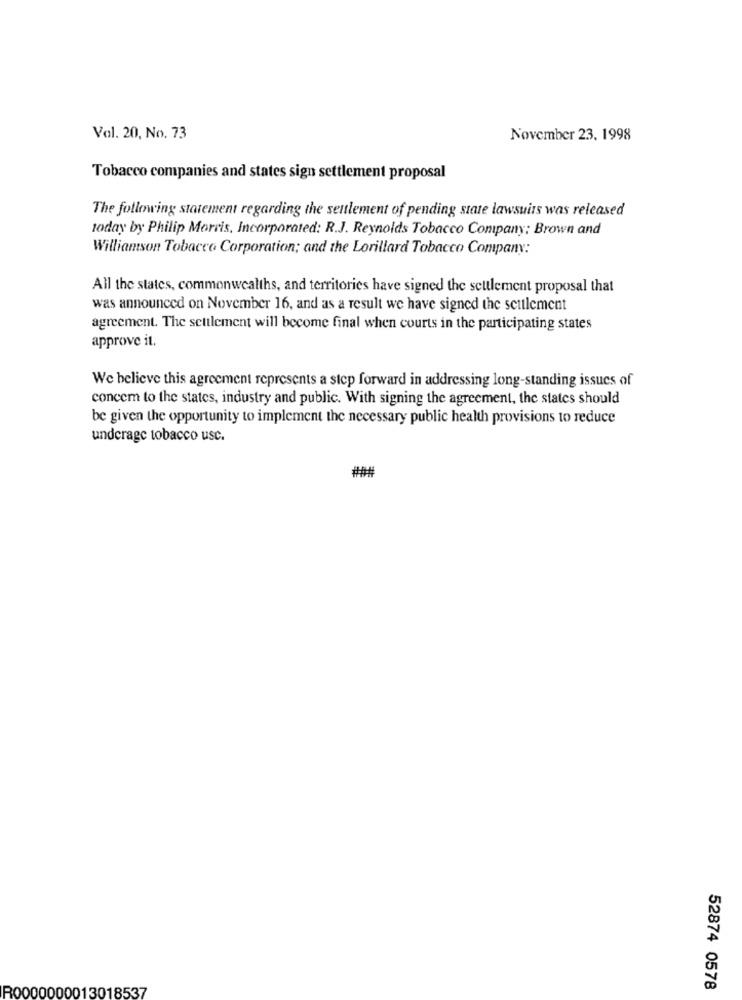
Vol. 20, No. 73
November 23. 1998
Tobacco companies and states sign settlement proposal
The following statement regarding the settlement of pending state lawsuits was released
today by Philip Morris, Incorporated: R.J. Reynolds Tobacco Company: Brown and
Williamson Tobacco Corporation; and the Lorillard Tobacco Company:
All the states, commonwealths, and territories have signed the settlement proposal that
was announced on November 16, and as a result we have signed the seulement
agreement. The settlement will become final when courts in the participating states
approve it.
We believe this agreement represents a step forward in addressing long-standing issues of
concem to the states, industry and public. With signing the agreement, the states should
be given the opportunity to implement the necessary public health provisions to reduce
undcrage tobacco usc.
###
R0000000013018537
52874 0578